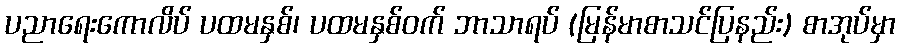
ပညာရေးကောလိပ် ပထမနှစ်၊ ပထမနှစ်ဝက် ဘာသာရပ် (မြန်မာစာသင်ပြနည်း) စာအုပ်မှာ